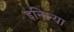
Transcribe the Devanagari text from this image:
इनिल्या